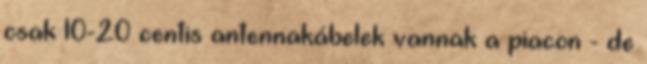
csak 10-20 centis antennakábelek vannak a piacon - de